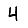
Digit: 4